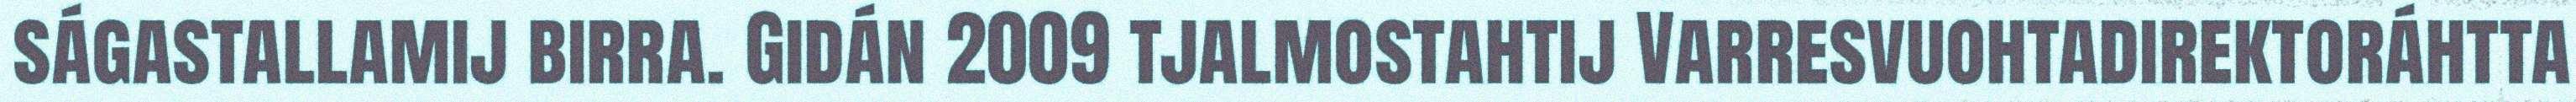
ságastallamij birra. Gidán 2009 tjalmostahtij Varresvuohtadirektoráhtta